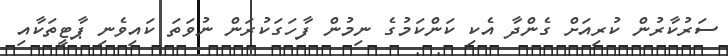
ސަރުކާރުން ކުރިއަށް ގެންދާ އެކި ކަންކަމުގެ ނިމުން ފާހަގަކުރަން ނުވަތަ ކައިވެނި ޕާޓީތަކާއި